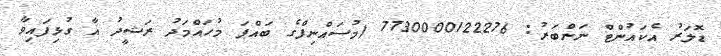
ޑޮލަރު އެކައުންޓް ނަންބަރު: 7730000122276 (މުސައްނިފްގެ ބައްޕަ މުހައްމަދު ރަޝީދު އާ ގުޅިފައިވާ